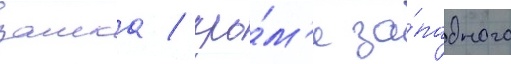
замка / кро́м'е за́падного